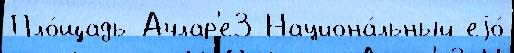
Пло́щадь Ачлар'е3 Национа́льный еjо́